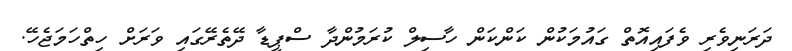
ދަރަނިވެރި ވެފައިއޮތް ގައުމަކުން ކަންކަން ހާސިލް ކުރަމުންދާ ސްޕީޑާ ދޭތެރޭގައި ވަރަށް ހިތްހަމަޖެހޭ.